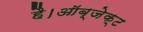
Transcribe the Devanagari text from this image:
है।ऑब्जेक्ट